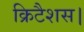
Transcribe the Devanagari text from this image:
क्रिटैशस।